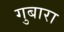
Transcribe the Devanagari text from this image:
गुबारा